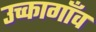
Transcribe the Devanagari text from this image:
उच्कागाँव